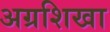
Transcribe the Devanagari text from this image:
अग्रशिखा